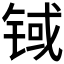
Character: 𲈃